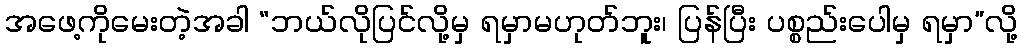
အဖေ့ကိုမေးတဲ့အခါ “ဘယ်လိုပြင်လို့မှ ရမှာမဟုတ်ဘူး၊ ပြန်ပြီး ပစ္စည်းပေါမှ ရမှာ”လို့